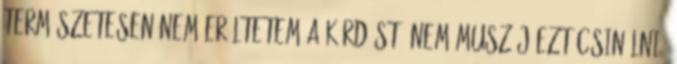
természetesen nem erőltetem a kérdést, nem muszáj ezt csinálni,